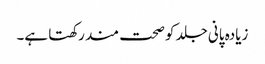
زیادہ پانی جلد کو صحت مند رکھتا ہے۔